Annual administration report of the Civil Veterinary Department of India - 1896-1897
Year: 1896
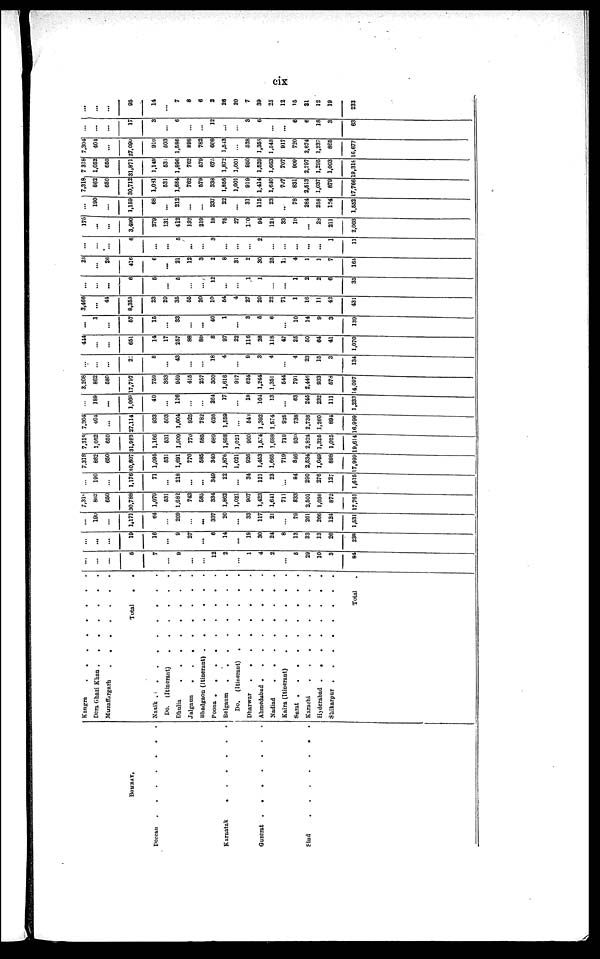
cix
BOMBAY.
Deccan
.
.
.
.
.
.
.
Karnatak
.
.
.
.
.
Guzerat
.
.
.
.
.
.
.
Sind
.
.
.
.
.
.
.
Kangra
.
.
.
.
.
.
.
.
Dera Ghazi Khan
.
.
.
.
.
.
.
Muzaffargarh
.
.
.
.
.
Total . .
Nasik
.
.
.
.
.
.
.
Do. (Itinerant) . . . . . . .
Dhulia
.
.
.
.
.
.
.
.
Jalgaun
.
.
.
.
.
.
.
Bhadgaon (Itinerant)
.
.
.
.
.
.
Poona
.
.
.
.
.
.
.
.
.
Belgaum
.
.
.
.
.
.
.
.
Do.
(Itinerant)
.
.
.
.
.
. .
Dharwar
.
.
.
.
.
.
.
.
Ahmedabad
.
.
.
.
.
.
.
Nadiad
.
.
.
.
.
.
.
.
Kaira (Itinerant)
.
.
.
.
.
.
Surat
.
.
.
.
.
.
.
.
.
.
Karachi . . . . . . . . .
Hyderabad
.
.
.
.
.
.
.
.
.
Shikarpur
.
.
.
.
.
.
.
.
Total .
...
...
...
5
7
...
9
...
...
12
2
...
1
4
2
...
6
29
10
3
84
...
...
...
19
16
...
9
27
...
6
14
...
19
30
24
8
13
33
13
26
238
...
190
...
1,171
64
...
209
...
...
337
20
...
33
117
21
...
79
261
266
124
1,531
7,319
862
650
30,788
1,079
531
1,682
743
585
334
1,862
1,021
907
1,433
1,641
711
833
2,501
1,036
872
17,761
...
190
...
1,176
71
...
218
...
...
349
22
...
34
121
23
...
84
290
276
127
1,615
7,318
862
650
30,807
1,095
531
1,692
770
585
340
1,876
1,021
926
1,453
1,665
719
846
2,534
1,049
898
17,999
7,318
1,052
660
31,983
1,166
531
1,909
770
585
689
1,898
1,021
960
1,574
1,688
719
930
2,824
1,325
1,025
19,614
7,304
404
...
27,114
933
503
1,604
925
782
626
1,559
...
543
1,392
1,574
925
738
2,736
1,260
894
16,999
...
189
...
1,069
40
...
126
...
...
264
17
...
18
104
13
...
63
245
232
111
1,233
3,208
862
580
17,797
759
363
959
415
257
300
1,616
917
624
1,244
1,351
544
791
2,446
933
578
14,097
...
...
...
22
8
...
43
...
...
18
4
...
9
3
4
...
4
23
15
3
134
444
...
...
651
14
17
257
88
80
8
97
22
116
26
118
47
25
50
64
41
1,070
...
1
...
57
15
...
33
...
...
40
1
...
3
5
6
...
10
14
9
3
139
3,466
...
44
8,353
23
20
35
55
20
10
54
4
27
20
22
71
1
16
11
42
431
...
...
...
6
5
...
6
...
...
12
...
...
1
1
...
...
1
2
2
6
35
25
...
26
416
6
...
21
12
3
2
8
31
2
30
25
12
4
1
1
7
165
...
...
...
6
...
...
5
...
...
3
...
...
...
2
...
...
...
...
...
1
11
175
...
...
3,490
279
131
412
192
219
18
75
27
100
94
121
33
10
...
23
211
2,003
...
190
...
1,159
68
...
212
...
...
337
22
...
31
115
23
...
78
284
258
124
1,552
7,318
862
650
30,712
1,081
631
1,684
762
579
333
1,856
1,001
919
1,414
1,610
707
831
2,613
1,037
879
17,766
7 318
1,052
650
31,871
1,149
531
1,896
762
579
675
1,872
1,001
950
1,529
1,663
707
909
2,797
1,295
1,003
19,318
7,304
404
...
27,090
910
503
1,586
898
782
608
1,543
...
528
1,358
1,548
917
720
2,674
1,237
865
16,677
...
...
...
17
3
...
6
...
...
12
...
...
3
6
...
...
6
6
18
3
63
...
...
...
93
14
...
7
8
6
2
28
20
7
39
25
12
15
21
12
19
233